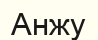
Анжу